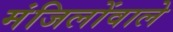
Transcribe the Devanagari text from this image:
मंजिलोंवाले